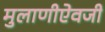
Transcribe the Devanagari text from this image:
मुलाणीऐवजी